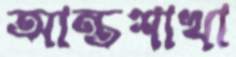
আন্তশাখা